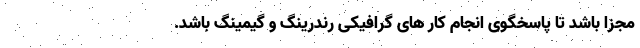
مجزا باشد تا پاسخگوی انجام کار های گرافیکی رندرینگ و گیمینگ باشد.